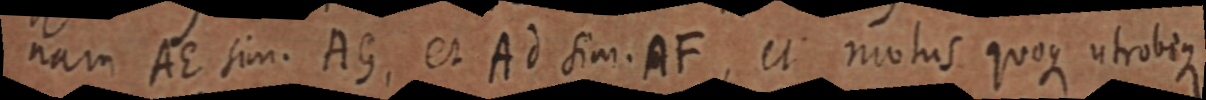
nam AE sim. AG, et Ad sim. AF, et motus quoque utrobeque